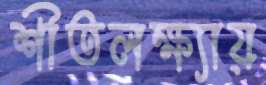
শীতলক্ষ্যায়